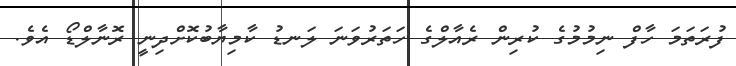
ފުރަތަމަ ހާފް ނިމުމުގެ ކުރިން ރެއާލްގެ ހަތަރުވަނަ ލަނޑު ކާމިޔާބުކޮށްދިނީ ރޮނާލްޑޯ އެވެ.